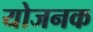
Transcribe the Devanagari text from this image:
योजनक